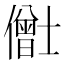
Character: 𫣸